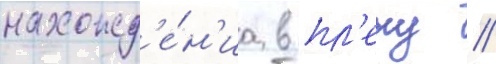
нахожд'е́н'иа в пл'ену //